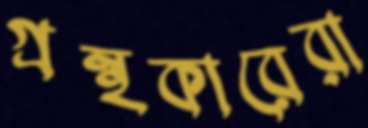
গ্রন্থকারেরা